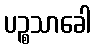
ပဉ္စသာခေါ